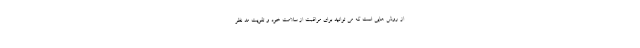
از روش هایی است که می توانید برای مراقبت از سلامت خود و تقویت مد نظر